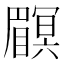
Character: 𥌏